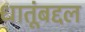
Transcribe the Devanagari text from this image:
धातूंबद्दल